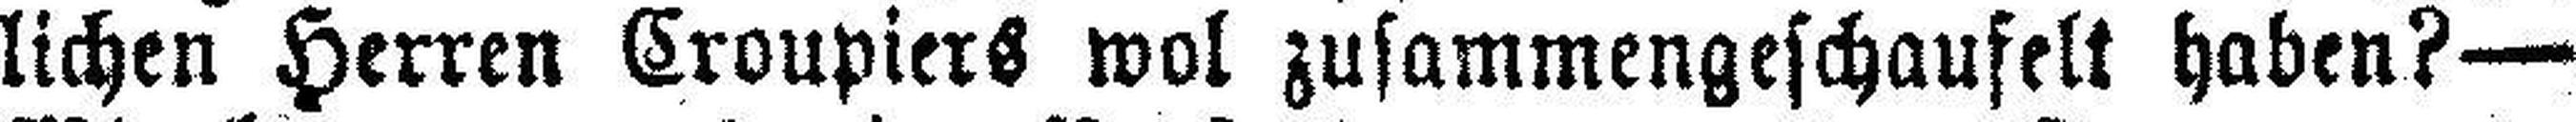
lichen Herren Croupiers wol zusammengeschaufelt haben?—